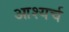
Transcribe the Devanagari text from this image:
आश्यर्च